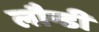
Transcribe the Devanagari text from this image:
लौन्डी